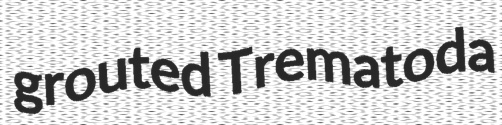
grouted Trematoda